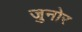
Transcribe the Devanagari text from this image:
जुनोर